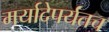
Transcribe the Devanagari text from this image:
मर्यादेपर्यंतच